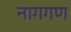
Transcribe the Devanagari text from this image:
नागगण